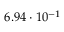
6 . 9 4 \cdot 1 0 ^ { - 1 }